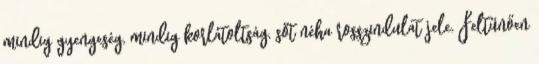
mindig gyengeség, mindig korlátoltság, sőt néha rosszindulat jele. Feltűnően